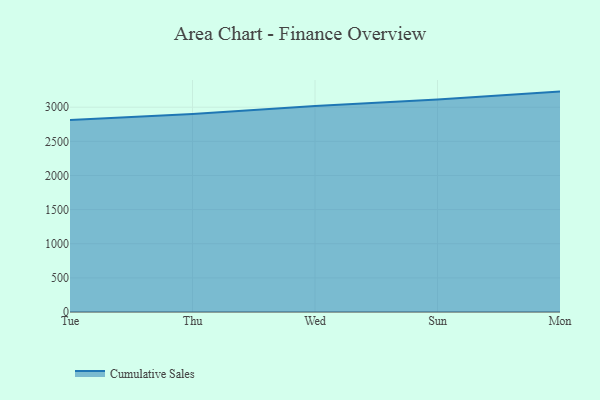
{"axis": {"x": "Day", "y": "Gross Profit (USD K)"}, "legend": ["Cumulative Sales"], "data": [{"x": "Tue", "y": 2811.1, "type": "Cumulative Sales"}, {"x": "Thu", "y": 2900.8, "type": "Cumulative Sales"}, {"x": "Wed", "y": 3016.9, "type": "Cumulative Sales"}, {"x": "Sun", "y": 3111.9, "type": "Cumulative Sales"}, {"x": "Mon", "y": 3228.5, "type": "Cumulative Sales"}]}